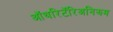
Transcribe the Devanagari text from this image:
ऑथरिटॅरिअनिझम